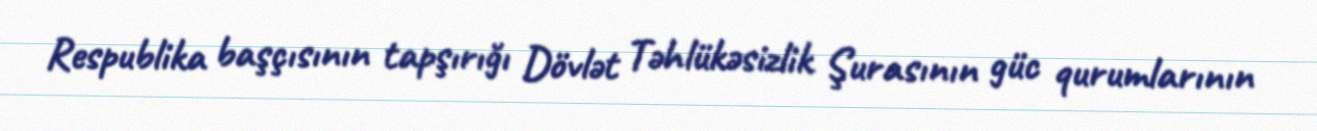
Respublika başçısının tapşırığı Dövlət Təhlükəsizlik Şurasının güc qurumlarının